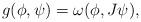
LaTeX: \begin{align*}g(\phi,\psi)=\omega(\phi,J\psi),\end{align*}